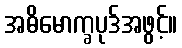
အဓိမောက္ခပုဒ်အဖွင့်။